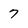
Character: 7